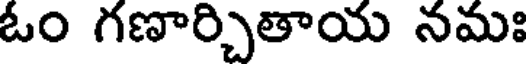
ఓం గణార్చితాయ నమః